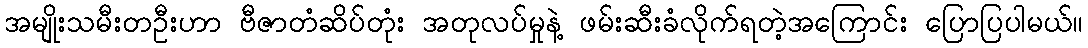
အမျိုးသမီးတဦးဟာ ဗီဇာတံဆိပ်တုံး အတုလပ်မှုနဲ့ ဖမ်းဆီးခံလိုက်ရတဲ့အကြောင်း ပြောပြပါမယ်။